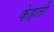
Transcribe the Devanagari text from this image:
केहती